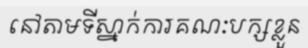
នៅតាមទីស្នាក់ការគណៈបក្សខ្លួន